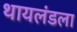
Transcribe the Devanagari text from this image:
थायलंडला